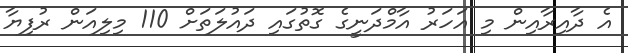
އެ ދާއިރާއިން މި އަހަރު އާމްދަނީގެ ގޮތުގައި ދައުލަތަށް 110 މިލިއަން ރުފިޔާ